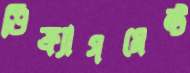
ডিফ্র্যাগমেন্ট